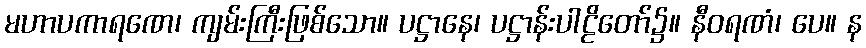
မဟာပကာရဏေ၊ ကျမ်းကြီးဖြစ်သော။ ပဋ္ဌာနေ၊ ပဋ္ဌာန်းပါဠိတော်၌။ နီဝရဏံ၊ ပေ။ န